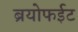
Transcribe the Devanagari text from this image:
ब्रयोफईट